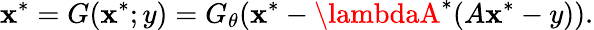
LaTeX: \mathbf{x}^{*}=G(\mathbf{x}^{*};y)=G_{\theta}(\mathbf{x}^{*}-\lambdaA^{*}(A\mathbf{x}^{*}-y)).